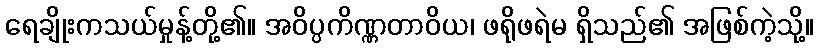
ရေချိုးကသယ်မှုန့်တို့၏။ အဝိပ္ပကိဏ္ဏတာဝိယ၊ ဖရိုဖရဲမ ရှိသည်၏ အဖြစ်ကဲ့သို့။